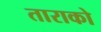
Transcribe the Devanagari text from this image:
ताराको